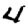
Digit: 4